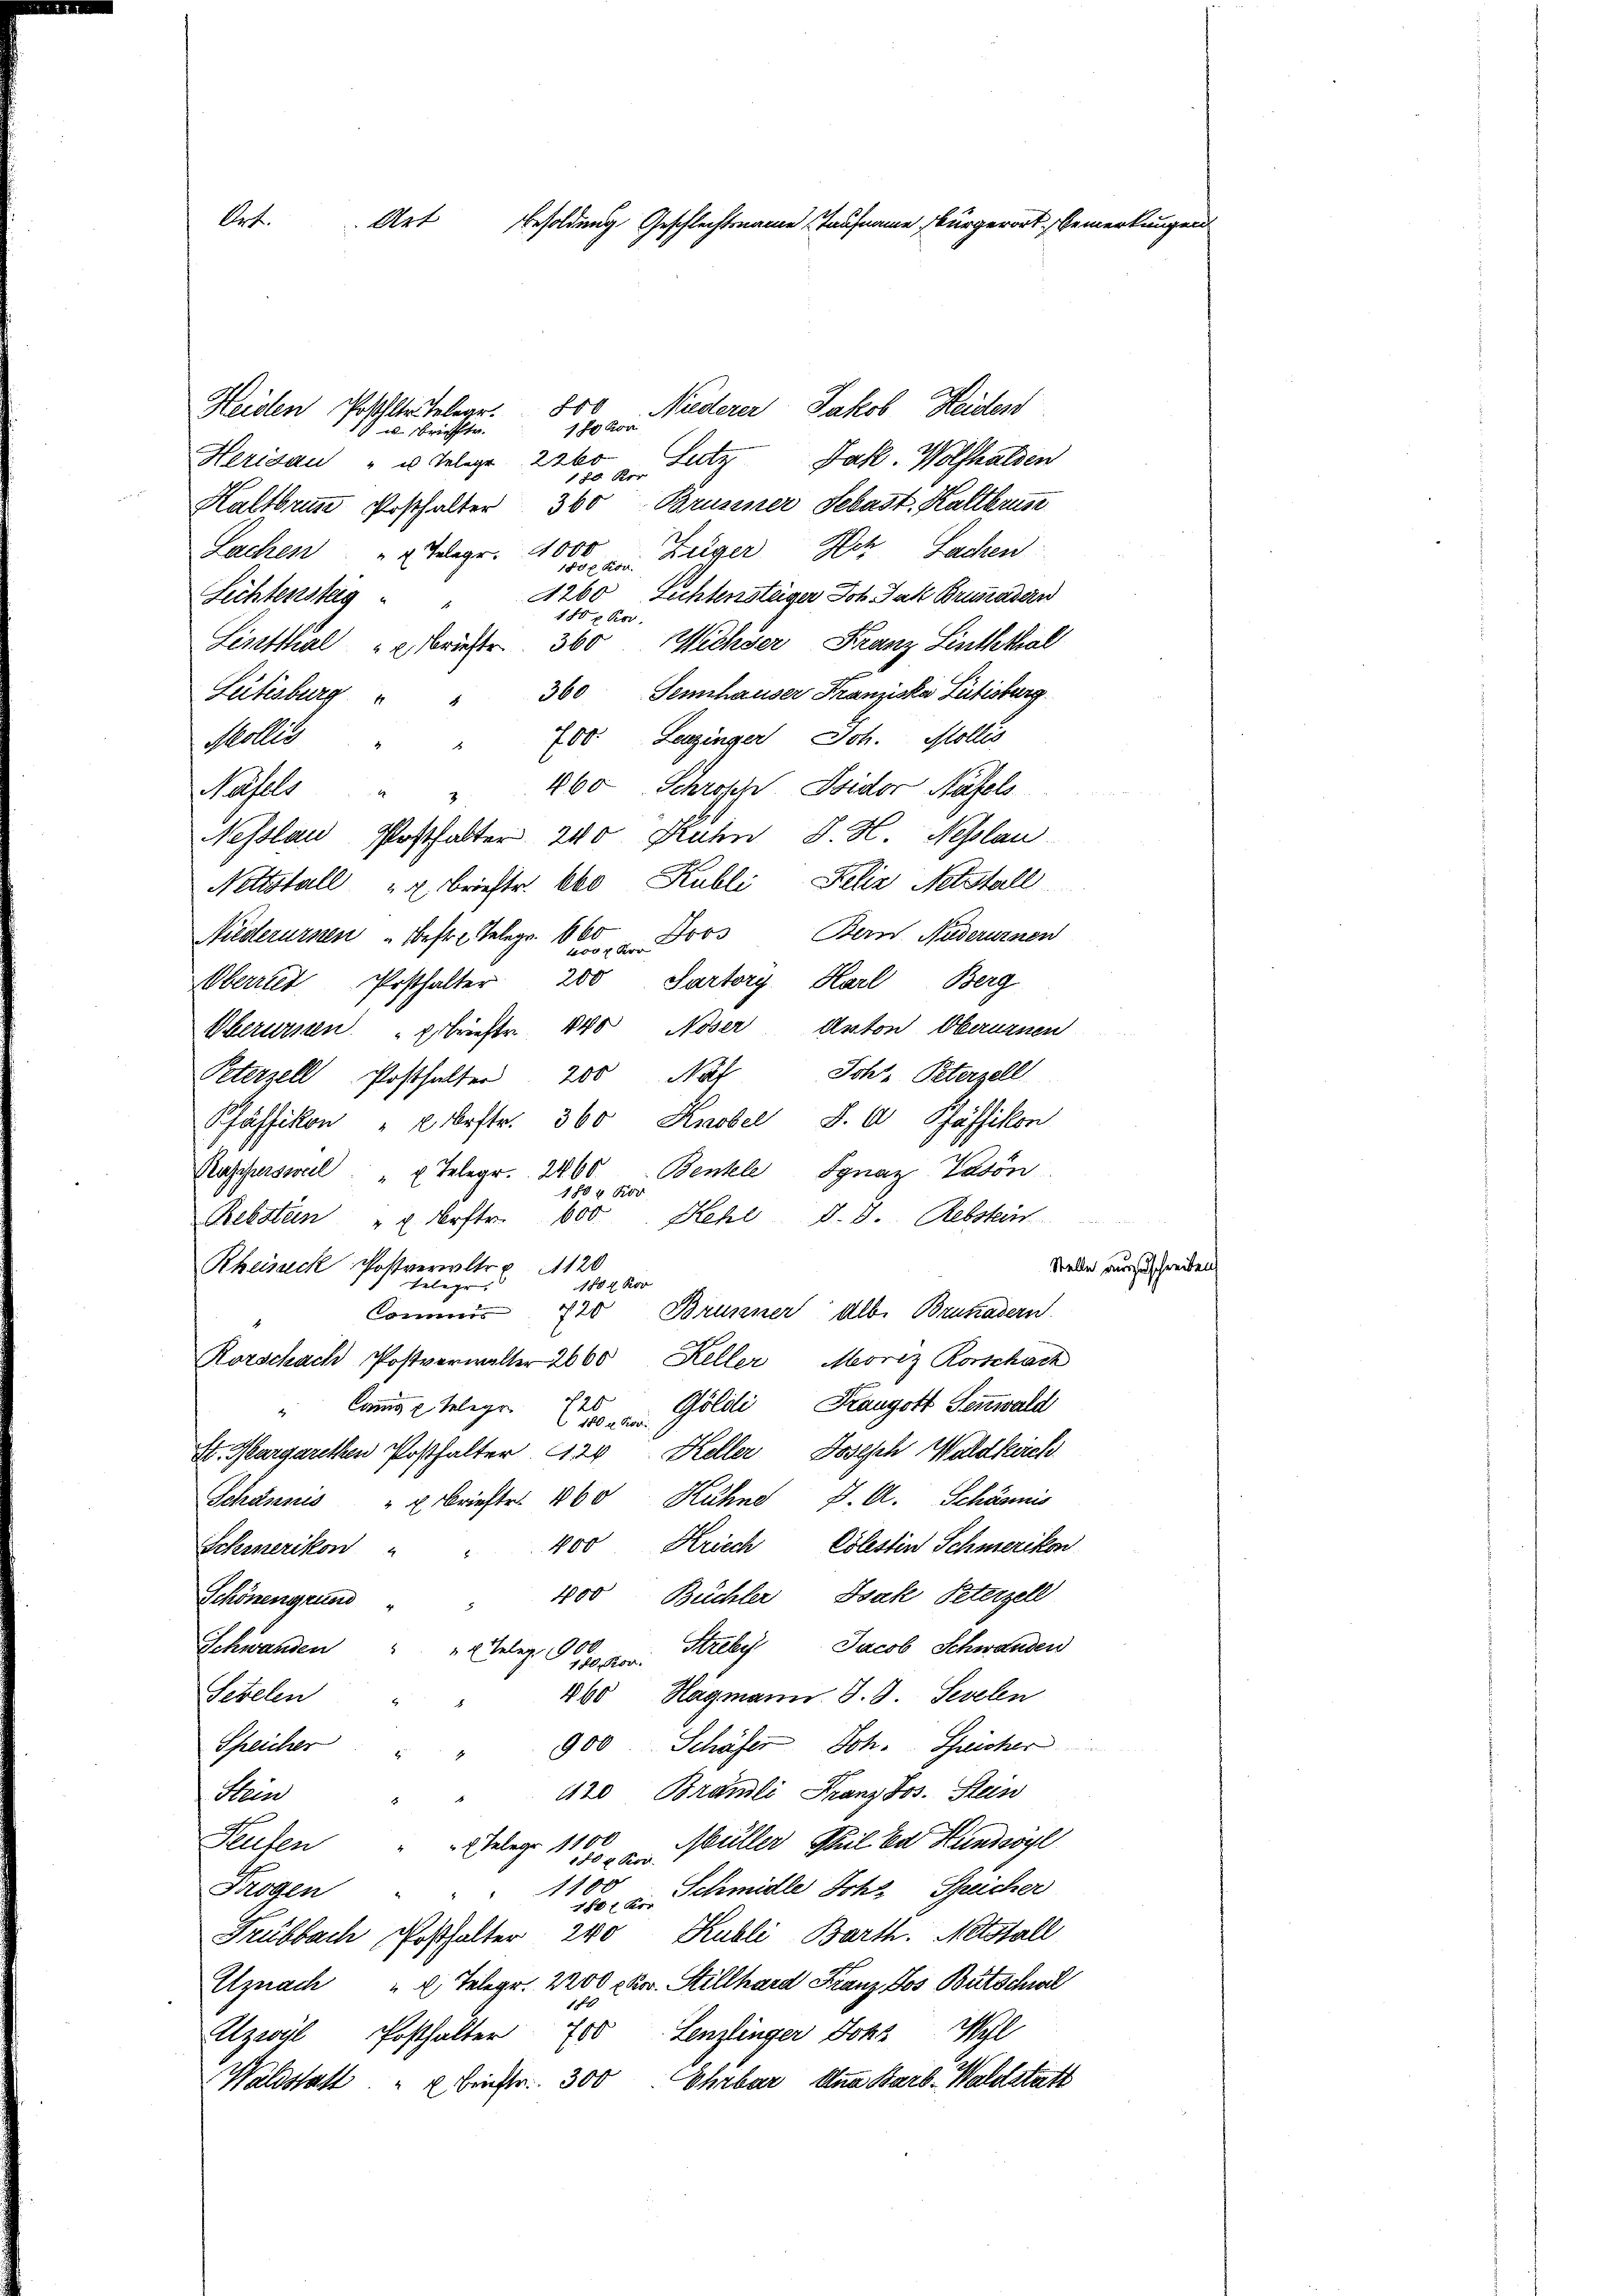
Ort.
Art Besoldung Geschlechtsname Taufname bürgerort Bemerkunge

800 Niderer Jakob Heiden
Heiden Posthalter Telege.
 u Brieftr.
1 Es kon
Lutz Pahl. Wolfhalden
Heridau "es Telege 2260
1 20 Kor
Haltbrunn Posthalter 360 Brusiner Sebast. Kaltbrus
Lachen " 2 Telegr. 4000
Züger Hotz Sachen
0x kon
1260 Lechtenstäger Joh. Jak Brunadern
Lichtenstag
180 x Kor
Listthal " " Briester 360 Methser Franz Linththal
Leitesburg " " 360 Sennhauser Franziska Leibisburg.
Mollis " " 700. Leuzinger Joh. Mollis
Näfels " " 400 Schroffe, Sider Näfels
Nesslau, Postfalter 200 Kuhn J. H. Neslau
Nettstall u. Brieftr. Abo Kubli Felix Nestall
Miederurnen Bestr. Telegr. 660 Jovo Bern Nuderurnen
Oberriet Posthalter 200 Partory Karl Berg
Oberursten Erbriefte 140 Noser Anton Obernissen
Peterzell Posthalter 200 Nat Schr. Peterzell
Pfäffikon " 2 brftr. 360 Knobel, S. A Pfäffikon
Kasiusweil "  Telegr. 2400. Benkele Ignaz Vadon
4 Kor
1
Rebsten " 2 koftr. 600. Kehl, d. 8. Rebstein
Rheinach Postverwltr 1120
1884 Kor
Telege. |
720 Brunner Alb. Brukasern.
Commis
Rorschach Postverwalter 2660 Keller
Moriz Rorschach
"Cannis u telegr.   Göldli Fraugott Sennwald
St. Margarethen Posthalter 120 Keller Josisch Waldkirch
Schännis " " Brieftr. 1860 Kuhnd J. A. Schännis
400 Kriech Cölestin Schmerikon
Schmerikon
400 Büchler, Isak Peterzell
Schönengrund
Streby, Jacob Schwanden
Schwanden " " 2 Teleg 1900.
120, Rov.
860, Hagmann S. 9. Sevelen
Setelen
Schäfer Joh. Schreicher
Schreicher " " " 900
420 Brämli Franz Jos. Stein
Stein
a
Müller Theil ka Kundsögl
x Telege 1100
Heuten
10x Kor
Schmidle Sch. Speicher
Frogen " " 1100
180 x Kor
Frübbach Posthalter 240 Kubli, Barth. Notstall
Uznach " 2 Telegr. 2200 Ro. Stillhard Franz Jos. Bütschwil
Ezel Posthalter 700 Lenzlinger Johs Wyl
Waldstatt u bienster 300 Ehrbar Anna Barb. Waldstatt

Stelle auszuschreib